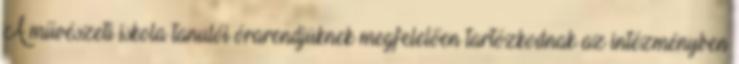
A művészeti iskola tanulói órarendjüknek megfelelően tartózkodnak az intézményben